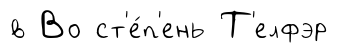
в Во ст'е́п'ень Т'елфэр